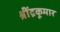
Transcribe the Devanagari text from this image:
श्रींद्रकूमार